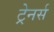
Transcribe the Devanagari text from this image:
ट्रेनर्स